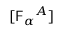
[ \mathsf { F } _ { \alpha } { } ^ { A } ]